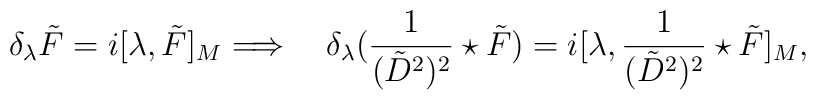
\delta_\lambda \tilde F = i[\lambda, \tilde F]_M \Longrightarrow \quad\delta_\lambda(\frac1{(\tilde D^2)^2}\star\tilde F) =i[\lambda,\frac1{(\tilde D^2)^2}\star\tilde F]_M,